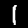
Label: 1